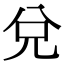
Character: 兌